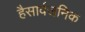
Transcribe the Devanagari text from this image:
हैसार्वजनिक